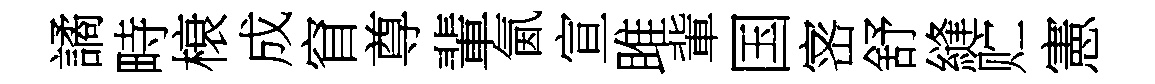
譎畤榱成窅尊輩氤宣雎軰国宻舒縫贮憲